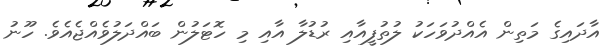
އާދައިގެ މަތިން އެއްދުވަހަކު ލުތުފީއާއި ރުޑުލާ އާއި މި ހޮޓަލުން ބައްދަލުވެއްޖެއެވެ. ހޫނު